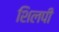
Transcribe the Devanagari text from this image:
शिलपी